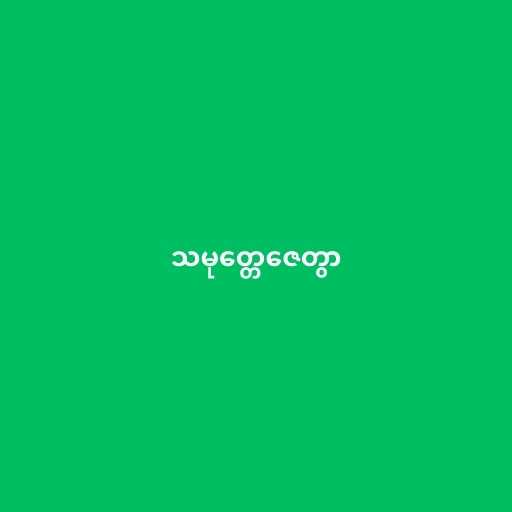
သမုတ္တေဇေတွာ